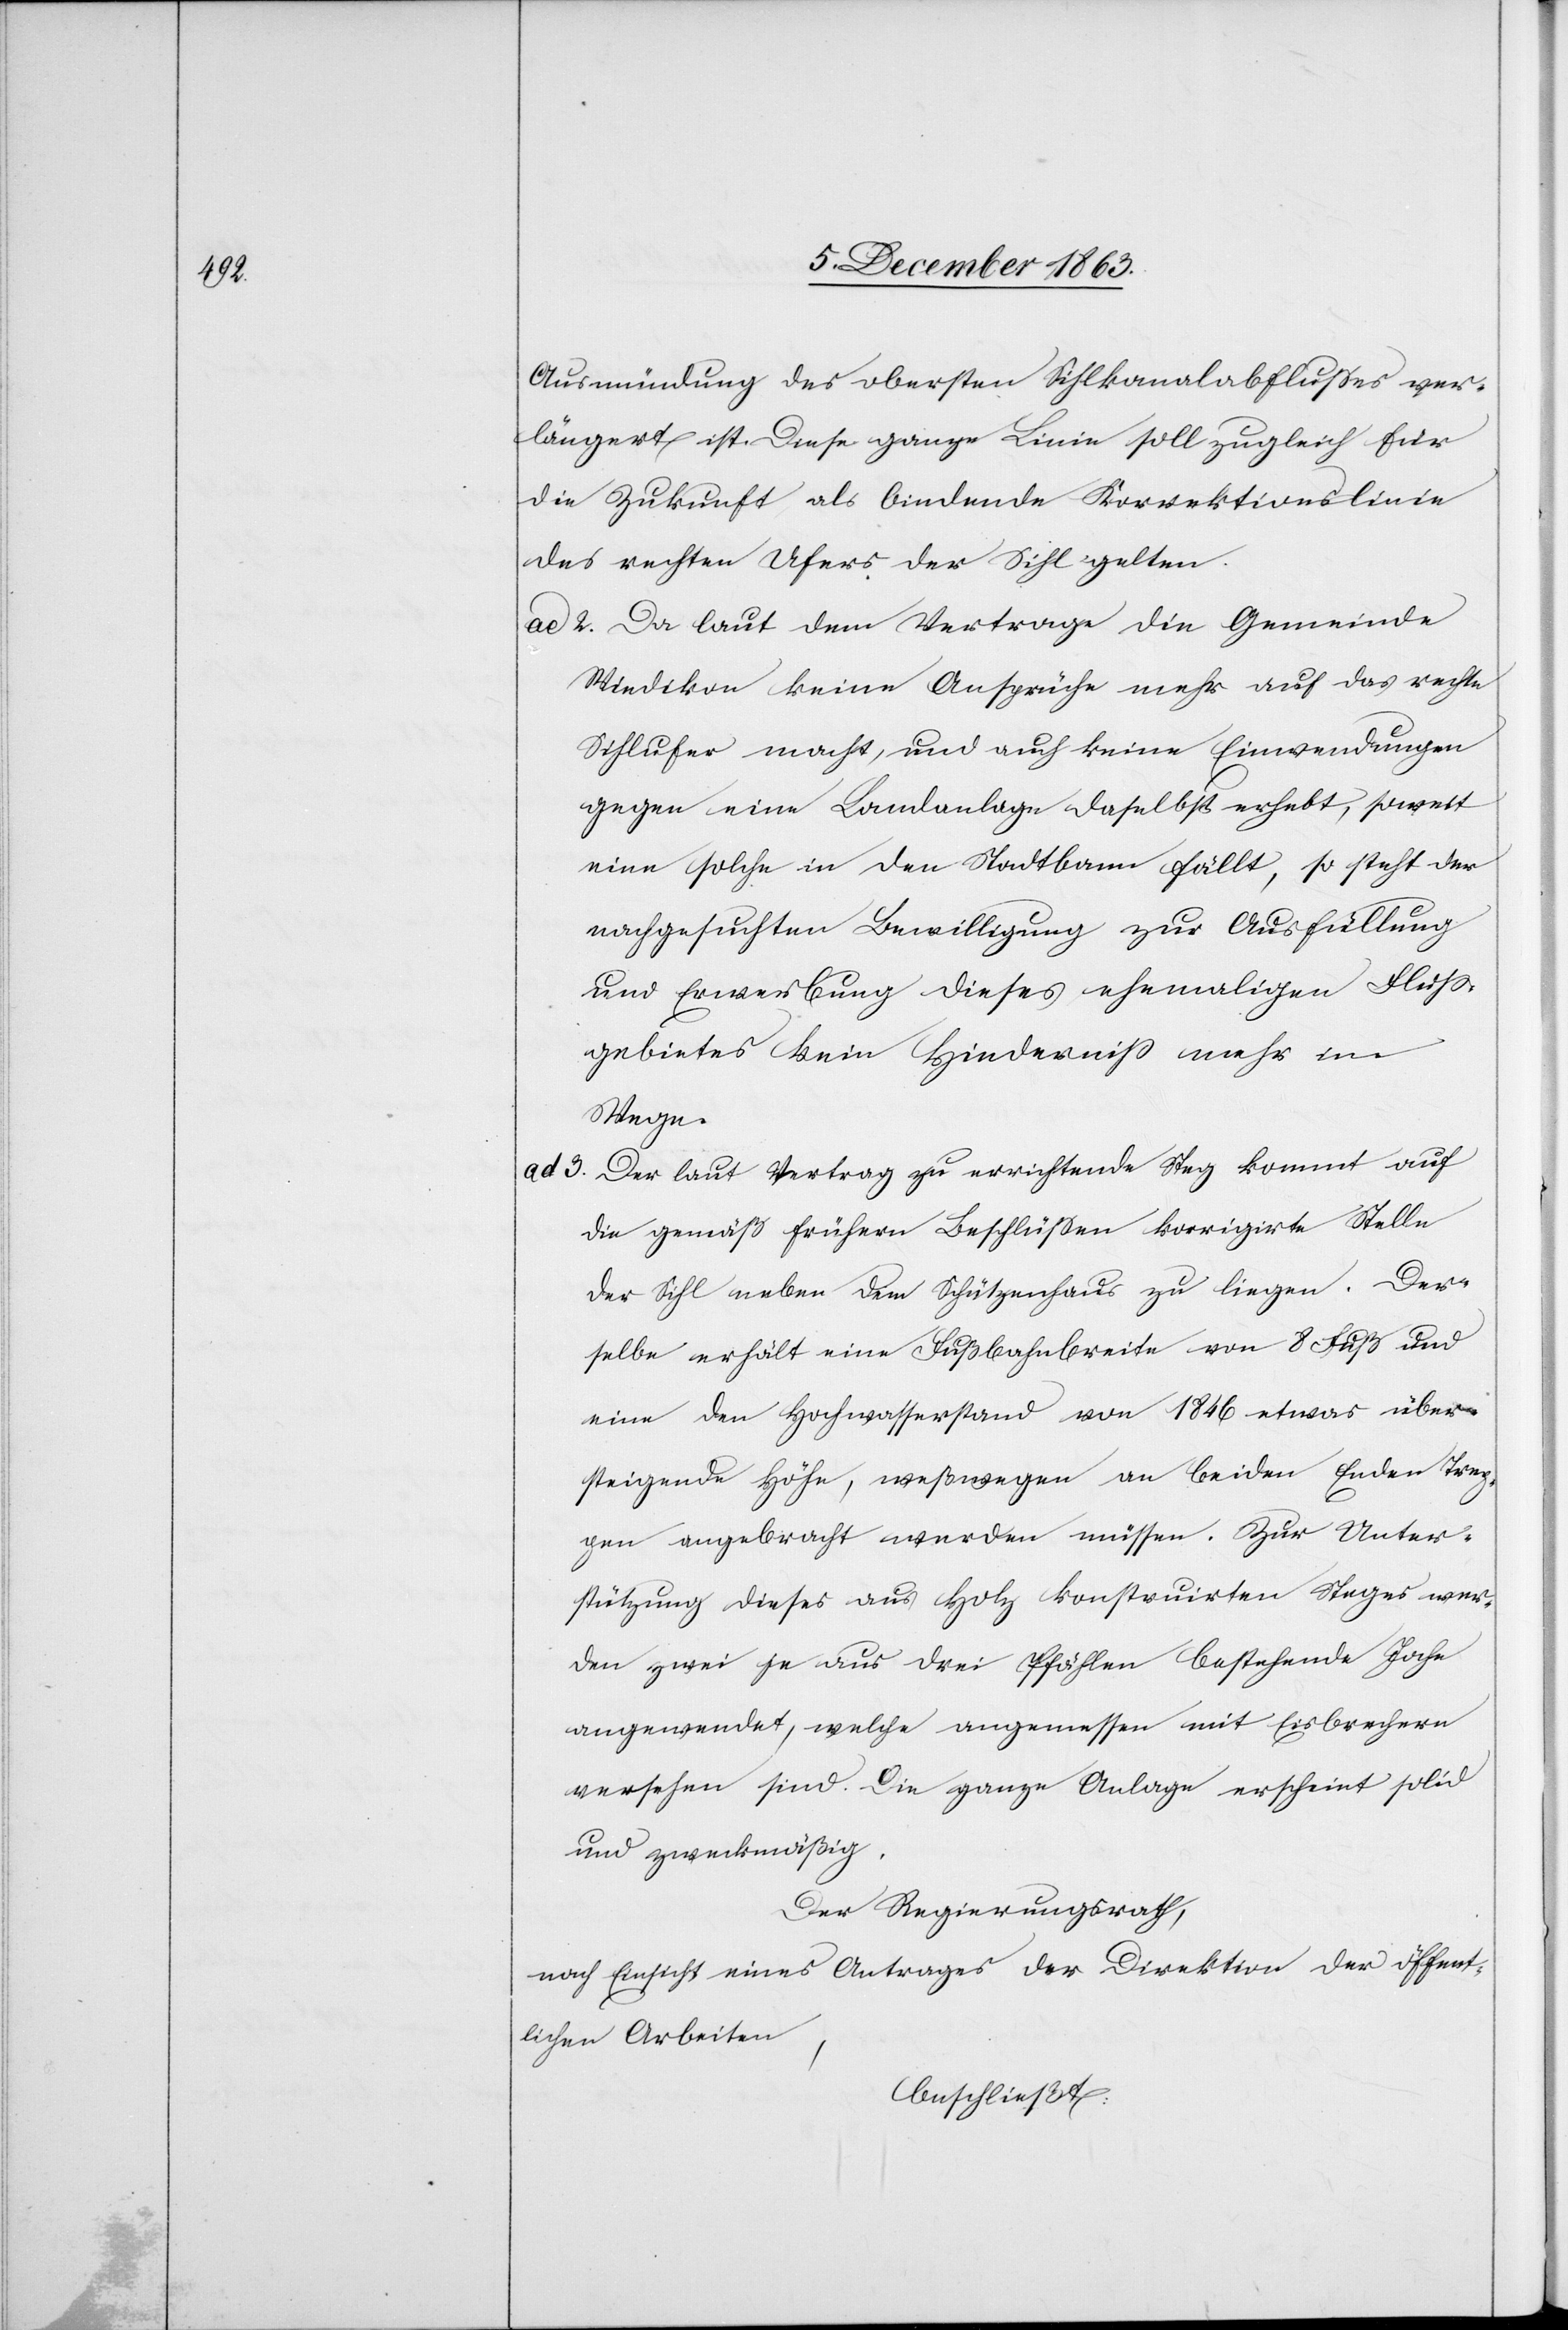
Ausmündung des obersten Sihlkanalabflusses ver¬
längert ist. Diese ganze Linie soll zugleich für
die Zukunft als bindende Korrektionslinie
des rechten Ufers der Sihl gelten.
ad 2. Da laut dem Vertrage die Gemeinde
Wiedikon keine Ansprüche mehr auf das rechte
Sihlufer macht, und auch keine Einwendungen
gegen eine Bandanlage daselbst erhebt, soweit
eine solche in den Stadtbann fällt, so steht der
nachgesuchten Bewilligung zur Ausfüllung
und Erwerbung dieses ehemaligen Fluss¬
gebietes kein Hinderniss mehr im
Wege.
ad 3. Der laut Vertrag zu errichtende Steg kommt auf
die gemäß frühern Beschlüssen korrigirte Stelle
der Sihl neben dem Schützenhaus zu liegen. Der¬
selbe erhält eine Fußbahnbreite von 8 Fuß und
eine den Hochwasserstand von 1846 etwas über¬
steigende Höhe, weßwegen an beiden Enden Trep¬
pen angebracht werden müssen. Zur Unter¬
stützung dieses aus Holz konstruirten Steges wer¬
den zwei je aus drei Pfählen bestehende Joche
angewendet, welche angemessen mit Eisbrechern
versehen sind. Die ganze Anlage erscheint solid
und zweckmäßig.
Der Regierungsrath,
nach Einsicht eines Antrages der Direktion der öffent¬
lichen Arbeiten,
beschließt: